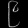
Digit: ၉